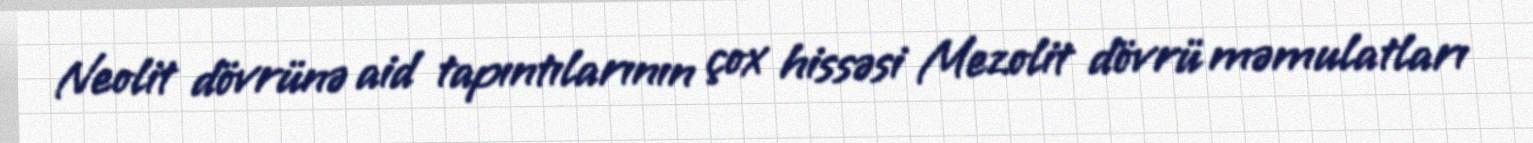
Neolit dövrünə aid tapıntılarının çox hissəsi Mezolit dövrü məmulatları